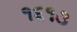
૧૬૧૩